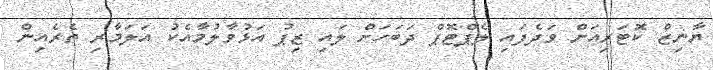
ޔާނިޒް ކޮޓަރިއަށް ވަދެފައި ލެޕްޓޮޕް ދަބަހަށް ލައި ޒިޕު އަޅުވާލުމާއެކު އަލަމާރި ތެރެއިން